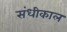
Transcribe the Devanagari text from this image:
संधीकाल